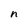
Character: n